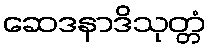
ဆေဒနာဒိသုတ္တံ